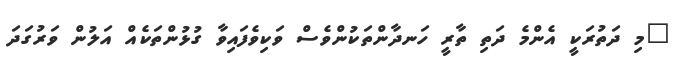
"މި ދަތުރަކީ އެންމެ ދަތި ތާރީ ހަނދާންތަކުންވެސް ވަކިވެފައިވާ ގުޅުންތަކެއް އަލުން ވަރުގަދަ